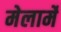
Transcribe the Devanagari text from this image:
मेलार्मे